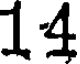
14